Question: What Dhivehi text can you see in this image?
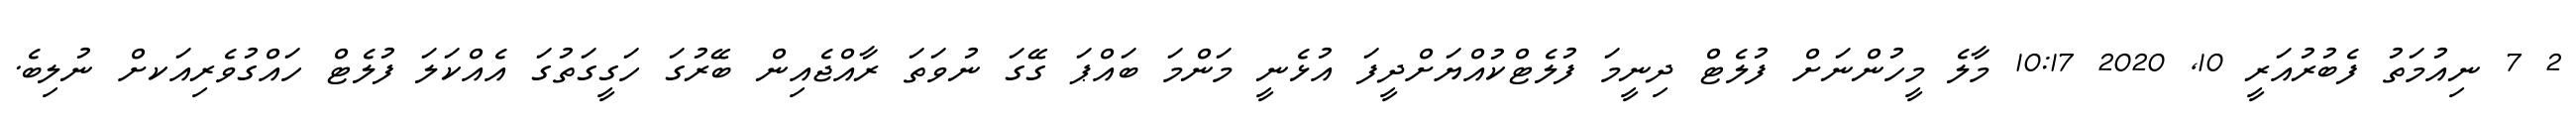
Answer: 2 7 ނިއުމަތު ފެބުރުއަރީ 10, 2020 10:17 މާލެ މީހުންނަށް ފުލެޓް ދިނީމަ ފުލެޓްކުއްޔަށްދީފަ އުޅެނީ މަންމަ ބައްޕަ ގޭގަ ނުވަތަ ރާއްޖެއިން ބޭރުގަ ހަގީގަތުގަ އެއްކަލަ ފުލެޓް ހައްގުވެރިއަކށް ނުލިބެ.